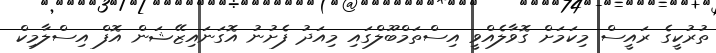
ތުރުކީގެ ރައީސް މިކަމަށް ގޮވާލެއްވީ އިސްތަމްބޫލްގައި މިއަދު ފެށުނު އޮގަނައިޒޭޝަން އޮފް އިސްލާމިކް